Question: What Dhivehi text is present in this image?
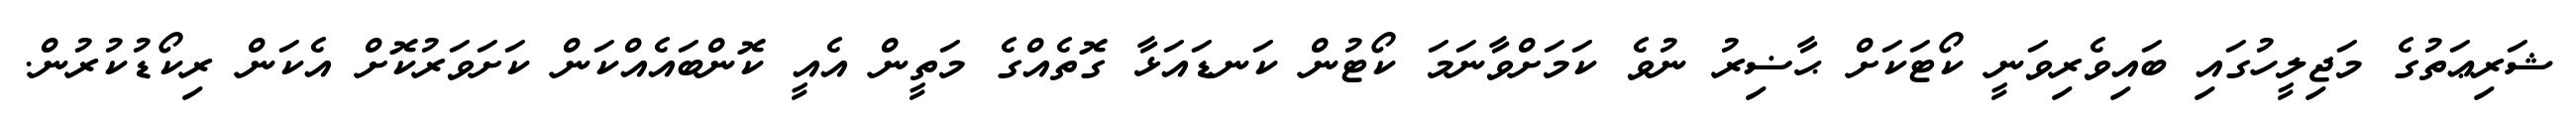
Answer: ޝަރިޢަތުގެ މަޖިލީހުގައި ބައިވެރިވަނީ ކޯޓަކަށް ޙާޟިރު ނުވެ ކަމަށްވާނަމަ ކޯޓުން ކަނޑައަޅާ ގޮތެއްގެ މަތީން އެއީ ކޮންބައެއްކަން ކަށަވަރުކޮށް އެކަން ރިކޯޑުކުރުން.